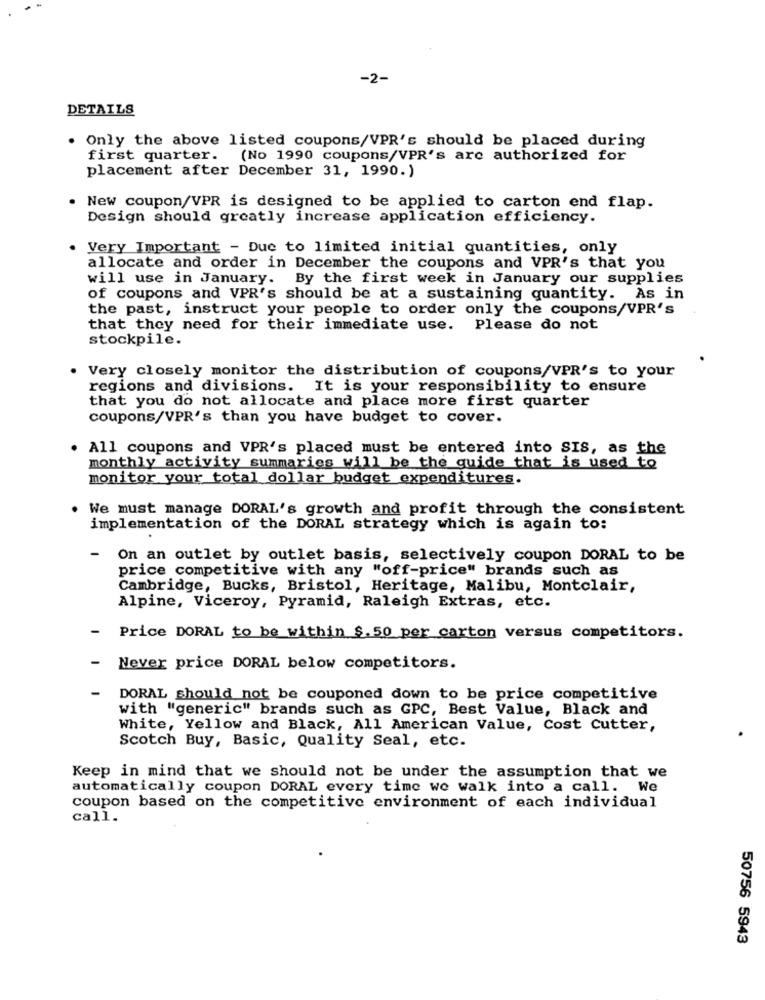
-2-
DETAILS
. Only the above listed coupons/VPR's should be placed during
first quarter. (No 1990 coupons/VPR's are authorized for
placement after December 31, 1990.)
New coupon/VPR is designed to be applied to carton end flap.
Design should greatly increase application efficiency.
Very Important - Due to limited initial quantities, only
allocate and order in December the coupons and VPR's that you
will use in January. By the first week in January our supplies
of coupons and VPR's should be at a sustaining quantity. As in
the past, instruct your people to order only the coupons/VPR's
that they need for their immediate use. Please do not
stockpile.
. Very closely monitor the distribution of coupons/VPR's to your
regions and divisions. It is your responsibility to ensure
that you do not allocate and place more first quarter
coupons/VPR's than you have budget to cover.
. All coupons and VPR's placed must be entered into SIS, as the
monthly activity summaries will be the guide that is used to
monitor your total dollar budget expenditures.
We must manage DORAL's growth and profit through the consistent
implementation of the DORAL strategy which is again to:
On an outlet by outlet basis, selectively coupon DORAL to be
price competitive with any "off-price" brands such as
Cambridge, Bucks, Bristol, Heritage, Malibu, Montclair,
Alpine, Viceroy, Pyramid, Raleigh Extras, etc.
Price DORAL to be within $.50 per carton versus competitors.
Never price DORAL below competitors.
DORAL should not be couponed down to be price competitive
with "generic" brands such as GPC, Best Value, Black and
White, Yellow and Black, All American Value, Cost Cutter,
Scotch Buy, Basic, Quality Seal, etc.
Keep in mind that we should not be under the assumption that we
automatically coupon DORAL every time we walk into a call. We
coupon based on the competitive environment of each individual
call.
50756 5943